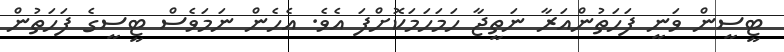
ޓީސީން ވަނީ ފަހަތުންއަރާ ނަތީޖާ ހަމަހަމަކޮށްފަ އެވެ. އެހެން ނަމަވެސް ޓީސީގެ ފަހަތުން